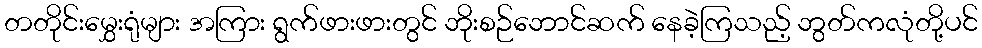
တတိုင်းမွှေးရုံများ အကြား ရွက်ဖားဖားတွင် ဘိုးစဉ်ဘောင်ဆက် နေခဲ့ကြသည့် ဘွတ်ကလုံတို့ပင်